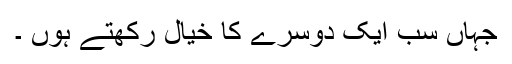
جہاں سب ایک دوسرے کا خیال رکھتے ہوں ۔